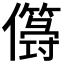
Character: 𠐫